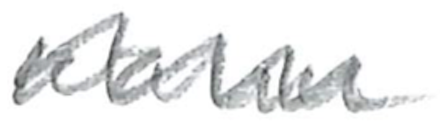
Text: warm
Cross-out: zig-zag
Writing tool: pencil